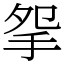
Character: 𢪸